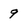
Character: 9